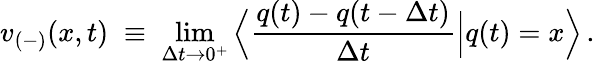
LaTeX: v_{(-)}(x,t)\; \equiv\; \operatorname*{lim}_{\Delta t\rightarrow 0^{+}}\Big\langle\frac{q(t)-q(t-\Delta t)}{\Delta t}\Big|q(t)=x\Big\rangle\, .